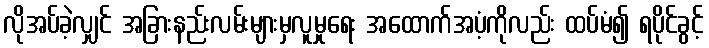
လိုအပ်ခဲ့လျှင် အခြားနည်းလမ်းများမှလူမှုရေး အထောက်အပံ့ကိုလည်း ထပ်မံ၍ ရပိုင်ခွင့်